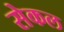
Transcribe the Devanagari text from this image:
सेकल